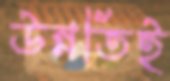
উন্নতিই